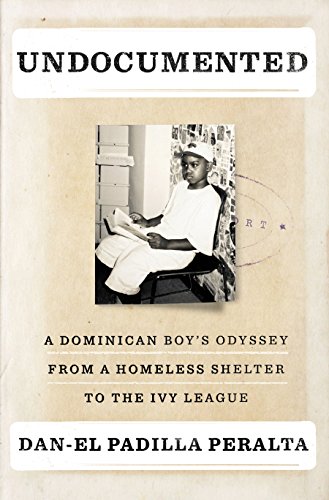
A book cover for Undocumented: A Dominican BoyEEs Odyssey from a Homeless Shelter to the Ivy League; Dan-el Padilla Peralta; Politics & Social Sciences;